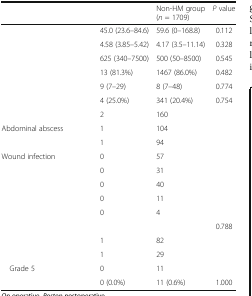
<table><thead><tr><td>[EMPTY_CELL]</td><td>[EMPTY_CELL]</td><td><b>Non-HM group(<i>n</i> = 1709)</b></td><td><b><i>P</i> value</b></td></tr></thead><tbody><tr><td>[EMPTY_CELL]</td><td>45.0 (23.6–84.6)</td><td>59.6 (0–168.8)</td><td>0.112</td></tr><tr><td>[EMPTY_CELL]</td><td>4.58 (3.85–5.42)</td><td>4.17 (3.5–11.14)</td><td>0.328</td></tr><tr><td>[EMPTY_CELL]</td><td>625 (340–7500)</td><td>500 (50–8500)</td><td>0.545</td></tr><tr><td>[EMPTY_CELL]</td><td>13 (81.3%)</td><td>1467 (86.0%)</td><td>0.482</td></tr><tr><td>[EMPTY_CELL]</td><td>9 (7–29)</td><td>8 (7–48)</td><td>0.774</td></tr><tr><td>[EMPTY_CELL]</td><td>4 (25.0%)</td><td>341 (20.4%)</td><td>0.754</td></tr><tr><td>[EMPTY_CELL]</td><td>2</td><td>160</td><td>[EMPTY_CELL]</td></tr><tr><td>Abdominal abscess</td><td>1</td><td>104</td><td>[EMPTY_CELL]</td></tr><tr><td>[EMPTY_CELL]</td><td>1</td><td>94</td><td>[EMPTY_CELL]</td></tr><tr><td>Wound infection</td><td>0</td><td>57</td><td>[EMPTY_CELL]</td></tr><tr><td>[EMPTY_CELL]</td><td>0</td><td>31</td><td>[EMPTY_CELL]</td></tr><tr><td>[EMPTY_CELL]</td><td>0</td><td>40</td><td>[EMPTY_CELL]</td></tr><tr><td>[EMPTY_CELL]</td><td>0</td><td>11</td><td>[EMPTY_CELL]</td></tr><tr><td>[EMPTY_CELL]</td><td>0</td><td>4</td><td>[EMPTY_CELL]</td></tr><tr><td>[EMPTY_CELL]</td><td>[EMPTY_CELL]</td><td>[EMPTY_CELL]</td><td>0.788</td></tr><tr><td>[EMPTY_CELL]</td><td>1</td><td>82</td><td>[EMPTY_CELL]</td></tr><tr><td>[EMPTY_CELL]</td><td>1</td><td>29</td><td>[EMPTY_CELL]</td></tr><tr><td> Grade 5</td><td>0</td><td>11</td><td>[EMPTY_CELL]</td></tr><tr><td>[EMPTY_CELL]</td><td>0 (0.0%)</td><td>11 (0.6%)</td><td>1.000</td></tr></tbody></table>